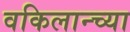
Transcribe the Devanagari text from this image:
वकिलान्च्या